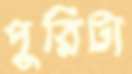
পুরিটা